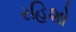
રહિશો